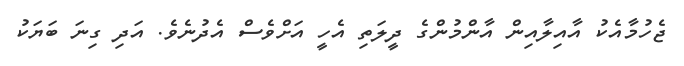
ޖެހުމާއެކު އާއިލާއިން އާންމުންގެ ދީލަތި އެހީ އަށްވެސް އެދުނެވެ. އަދި ގިނަ ބަޔަކު